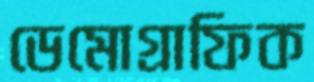
ডেমোগ্রাফিক